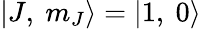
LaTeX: |J,\ m_{J}\rangle=|1,\ 0\rangle